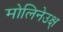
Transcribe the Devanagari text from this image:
मोलिनेउक्ष्